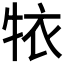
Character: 𱭮